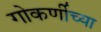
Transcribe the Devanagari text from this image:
गोकर्णीच्या